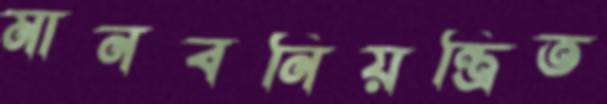
মানবনিয়ন্ত্রিত